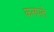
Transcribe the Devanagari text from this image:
कलपते